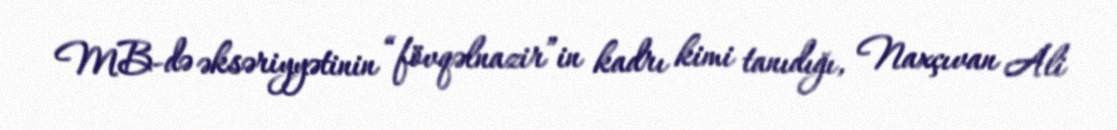
MB-də əksəriyyətinin “fövqəlnazir”in kadrı kimi tanıdığı, Naxçıvan Ali